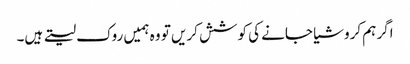
اگر ہم کروشیا جانے کی کوشش کریں تو وہ ہمیں روک لیتے ہیں۔